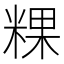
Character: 粿